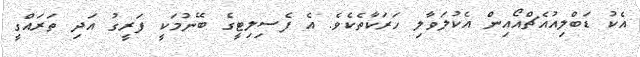
އެކު ޑަބްލިއުއެޗްއޯއިން އެކުލަވާލި ހަރަކާތެކެވެ. އެ ފެސިލިޓީގެ ބޭނުމަކީ ފަރީގު އަދި ތަރައްގީ